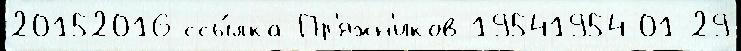
20152016 ссы́лка Пр'яжн'иков 19541954-01-29